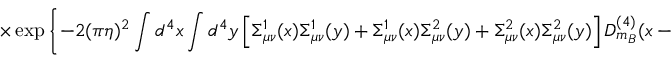
\times \exp \left\{ - 2 ( \pi \eta ) ^ { 2 } \int d ^ { 4 } x \int d ^ { 4 } y \left[ \Sigma _ { \mu \nu } ^ { 1 } ( x ) \Sigma _ { \mu \nu } ^ { 1 } ( y ) + \Sigma _ { \mu \nu } ^ { 1 } ( x ) \Sigma _ { \mu \nu } ^ { 2 } ( y ) + \Sigma _ { \mu \nu } ^ { 2 } ( x ) \Sigma _ { \mu \nu } ^ { 2 } ( y ) \right] D _ { m _ { B } } ^ { ( 4 ) } ( x - y ) \right\} .